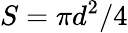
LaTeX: S=\pi d^{2}/4